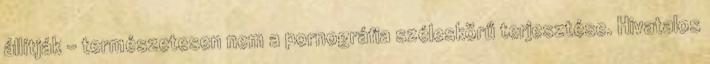
állítják - természetesen nem a pornográfia széleskörű terjesztése. Hivatalos